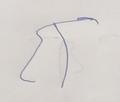
Signature authenticity: forged